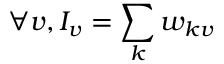
\forall v , I _ { v } = \sum _ { k } w _ { k v }